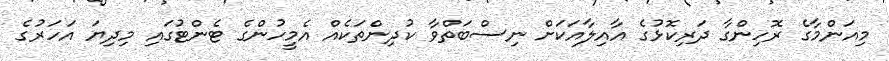
މިއަންމާގެ ރޮހިންގާ ދަރިކޮޅުގެ އާއިލާއަކަށް ނިސްބަތްވާ ކުދިންތަކެއް އެމީހުންގެ ޓެންޓުގައި މިދިޔަ އަހަރުގެ